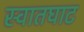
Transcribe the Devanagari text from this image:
स्वातघाट